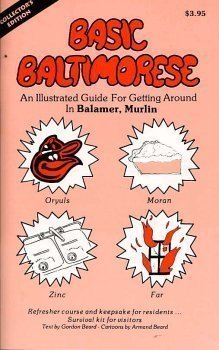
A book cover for Basic Baltimorese; Gordon Beard; Travel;